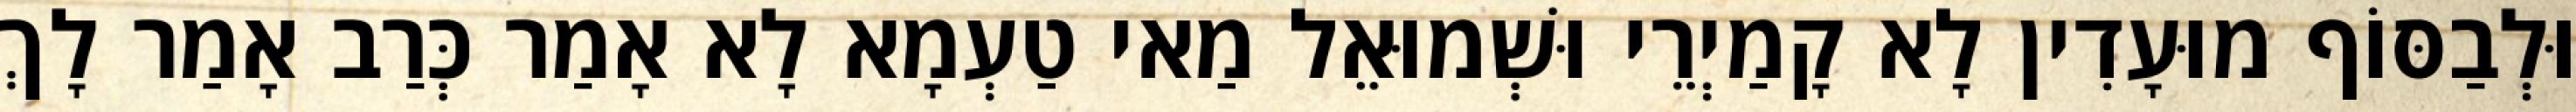
וּלְבַסּוֹף מוּעָדִין לָא קָמַיְרֵי וּשְׁמוּאֵל מַאי טַעְמָא לָא אָמַר כְּרַב אָמַר לָךְ